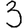
Digit: 3